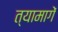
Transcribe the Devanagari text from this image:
त्यामागें